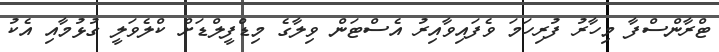
ޓްރާންސްފާ މިހާރު ފުރިހަމަ ވެފައިވާއިރު އެސްޓަން ވިލާގެ މިޑްފީލްޑަށް ކްލެވަލީ ގުޅުމާއި އެކު